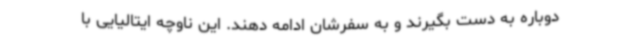
دوباره به دست بگیرند و به سفرشان ادامه دهند. این ناوچه ایتالیایی با